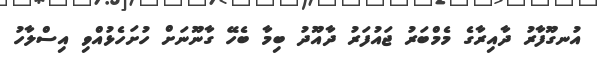
އުނގޫފާރު ދާއިރާގެ މެމްބަރު ޖައުފަރު ދާއޫދު ބިމާ ބެހޭ ގާނޫނަށް ހުށަހެޅުއްވި އިސްލާހު